Leaving Certificate Examination, 1913
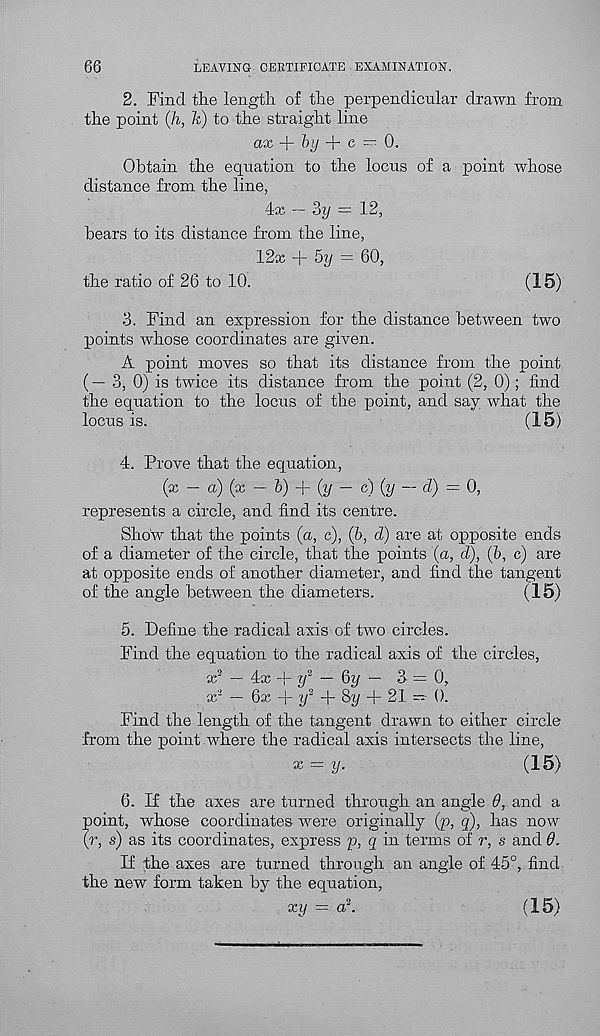
66
LEAVING CERTIFICATE EXAMINATION.
2. Find the length of the perpendicular drawn from
the point (h, It) to the straight line
ax + fey + c — 0.
Obtain the equation to the locus of a point whose
distance from the line,
4x — 3y = 12,
bears to its distance from the line,
12x + 5y = 60,
the ratio of 26 to 10.
(15)
3. Find an expression for the distance between two
points whose coordinates are given.
A point moves so that its distance from the point
(— 3, 0) is twice its distance from the point (2, 0); find
the equation to the locus of the point, and say what the
locus is.
(15)
4. Prove that the equation,
(x — a) (x — fe) + (y — c) (y — d) = 0,
represents a circle, and find its centre.
Show that the points (a, c), (fe, d) are at opposite ends
of a diameter of the circle, that the points (a, d), (fe, c) are
at opposite ends of another diameter, and find the tangent
of the angle between the diameters.
(15)
5. Define the radical axis of two circles.
Find the equation to the radical axis of the circles,
x 2 — 4x + y 2 — 6y — 3 = 0,
x 2 — 6x + y 2 + Sy + 21 — 0.
Find the length of the tangent drawn to either circle
from the point where the radical axis intersects the line,
x = y.
(15)
6. If the axes are turned through an angle 0, and a
point, whose coordinates were originally (p, q), has now
(r, s) as its coordinates, express p, q in terms of r, s and 6.
If the axes are turned through an angle of 45°, find
the new form taken by the equation,
xy = or.
(15)